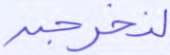
لنخرجن